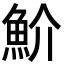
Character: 魪